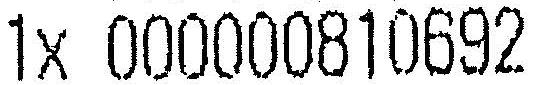
1X 000000810692